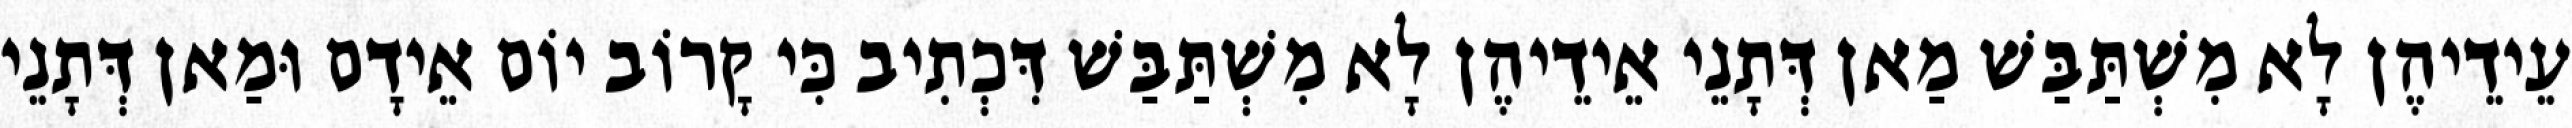
עֵידֵיהֶן לָא מִשְׁתַּבַּשׁ מַאן דְּתָנֵי אֵידֵיהֶן לָא מִשְׁתַּבַּשׁ דִּכְתִיב כִּי קָרוֹב יוֹם אֵידָם וּמַאן דְּתָנֵי